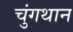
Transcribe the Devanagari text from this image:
चुंगथान